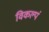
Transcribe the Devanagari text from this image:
विकल्पं